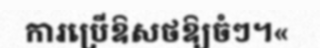
ការប្រើឱសថឱ្យចំៗ។«